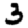
Digit: 3